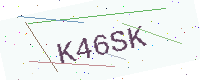
Text: K46SK